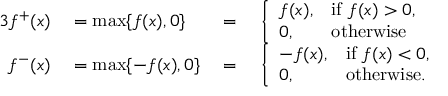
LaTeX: \begin{array} { r l r l } { { 3 } f ^ { + } ( x ) } & { { } = \operatorname* { m a x } \{ f ( x ) , 0 \} } & { { } = { } } & { { } { \left\{ \begin{array} { l l } { f ( x ) , } & { { \mathrm { i f ~ } } f ( x ) > 0 , } \\ { 0 , } & { { \mathrm { o t h e r w i s e } } } \end{array} \right. } } \\ { f ^ { - } ( x ) } & { { } = \operatorname* { m a x } \{ - f ( x ) , 0 \} } & { { } = { } } & { { } { \left\{ \begin{array} { l l } { - f ( x ) , } & { { \mathrm { i f ~ } } f ( x ) < 0 , } \\ { 0 , } & { { \mathrm { o t h e r w i s e . } } } \end{array} \right. } } \end{array}